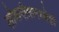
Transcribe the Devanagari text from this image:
लोकगीतामध्येही